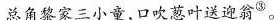
总角黎家三小童，口吹葱叶送迎翁^{③}。